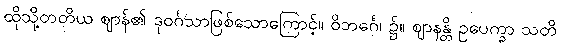
ထိုသို့တတိယ ဈာန်၏ ဒုဝင်္ဂသာဖြစ်သောကြောင့်။ ဝိဘင်္ဂေ၊ ၌။ ဈာနန္တိ ဥပေက္ခာ သတိ